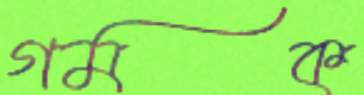
গমক